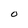
Character: o